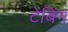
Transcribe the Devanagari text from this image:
टेबिंग